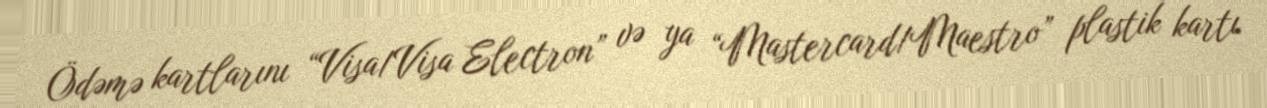
Ödəmə kartlarını “Visa/Visa Electron” və ya “Mastercard/Maestro” plastik kartı